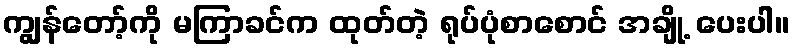
ကျွန်တော့်ကို မကြာခင်က ထုတ်တဲ့ ရုပ်ပုံစာစောင် အချို့ ပေးပါ။